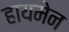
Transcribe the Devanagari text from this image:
हायमेन